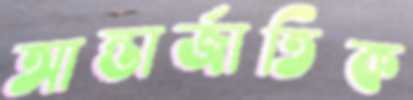
আন্তার্জাতিক